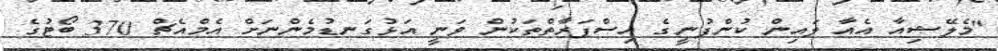
"މެލޭޝިއާ އެއާ ލައިން ކުންފުނީގެ އިސްފަރާތްތަކުން ވަނީ އަޅުގަނޑުމެންނަށް އެމްއެޗް 370 ބޯޓުގެ